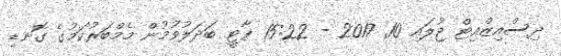
ދިސްއިޒްއިޓް ޖުލައި 10